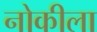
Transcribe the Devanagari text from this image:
नोकीला